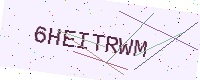
Text: 6HEITRWM